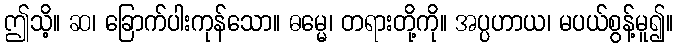
ဤသိ့။ ဆ၊ ခြောက်ပါးကုန်သော။ ဓမ္မေ၊ တရားတို့ကို။ အပ္ပဟာယ၊ မပယ်စွန့်မူ၍။